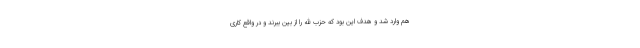
هم وارد شد و هدف این بود که حزب الله را از بین ببرند و در واقع کاری